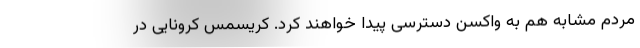
مردم مشابه هم به واکسن دسترسی پیدا خواهند کرد. کریسمس کرونایی در